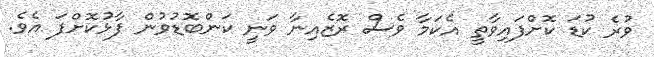
ވުރެ ކުޑަ ކޮށްފައިވާތީ އެކަމާ ވެސް ރޮޒެއިނާ ވަނީ ކަންބޮޑުވުން ފާޅުކޮށްފަ އެވެ.